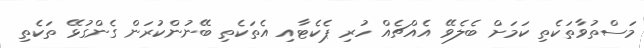
މަސްތުވާތަކެތި ކަމަށް ބެލެވޭ އެއްޗެއް ހުރި ޕެކެޓާއި އެތަކެތި ބޭނުންކުރަން ގެންގުޅޭ ތަކެތި